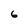
Character: 6